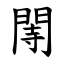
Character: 䦙